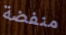
منفضة